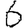
Digit: 6